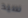
سيد